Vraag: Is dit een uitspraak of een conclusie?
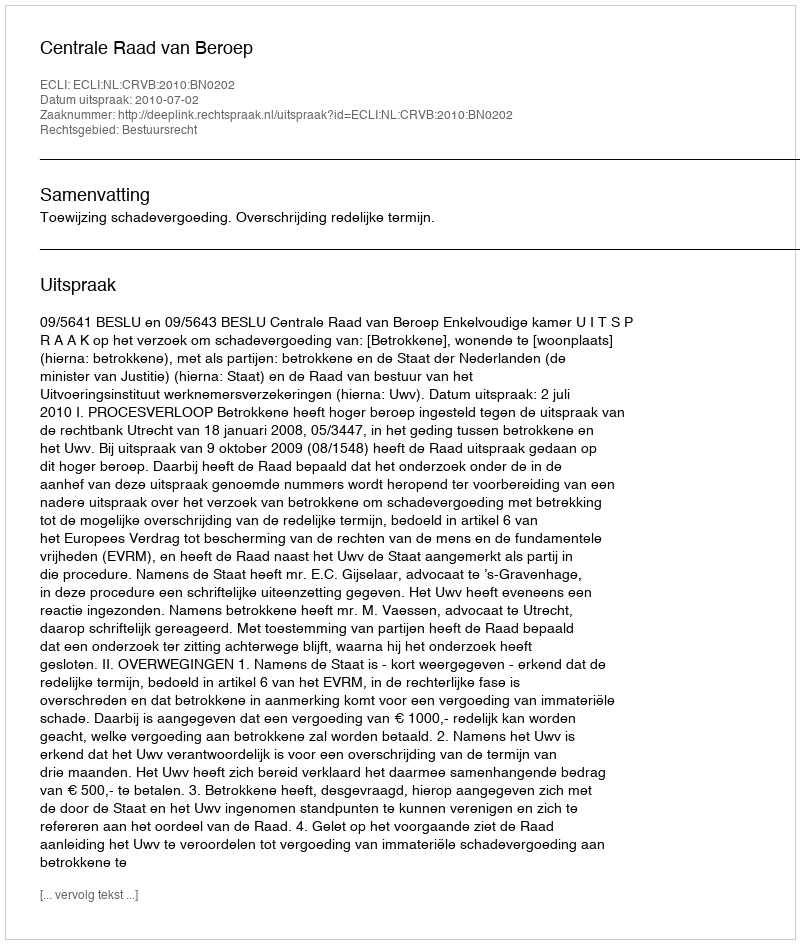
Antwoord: Uitspraak